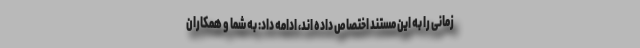
زمانی را به این مستند اختصاص داده اند، ادامه داد: به شما و همکاران